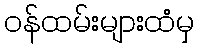
ဝန်ထမ်းများထံမှ